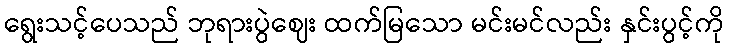
ရွေးသင့်ပေသည် ဘုရားပွဲဈေး ထက်မြသော မင်းမင်လည်း နှင်းပွင့်ကို